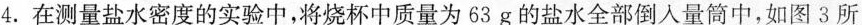
4.在测量盐水密度的实验中，将烧杯中质量为63g的盐水全部倒入量筒中，如图3所